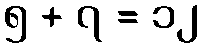
၅ + ၇ = ၁၂